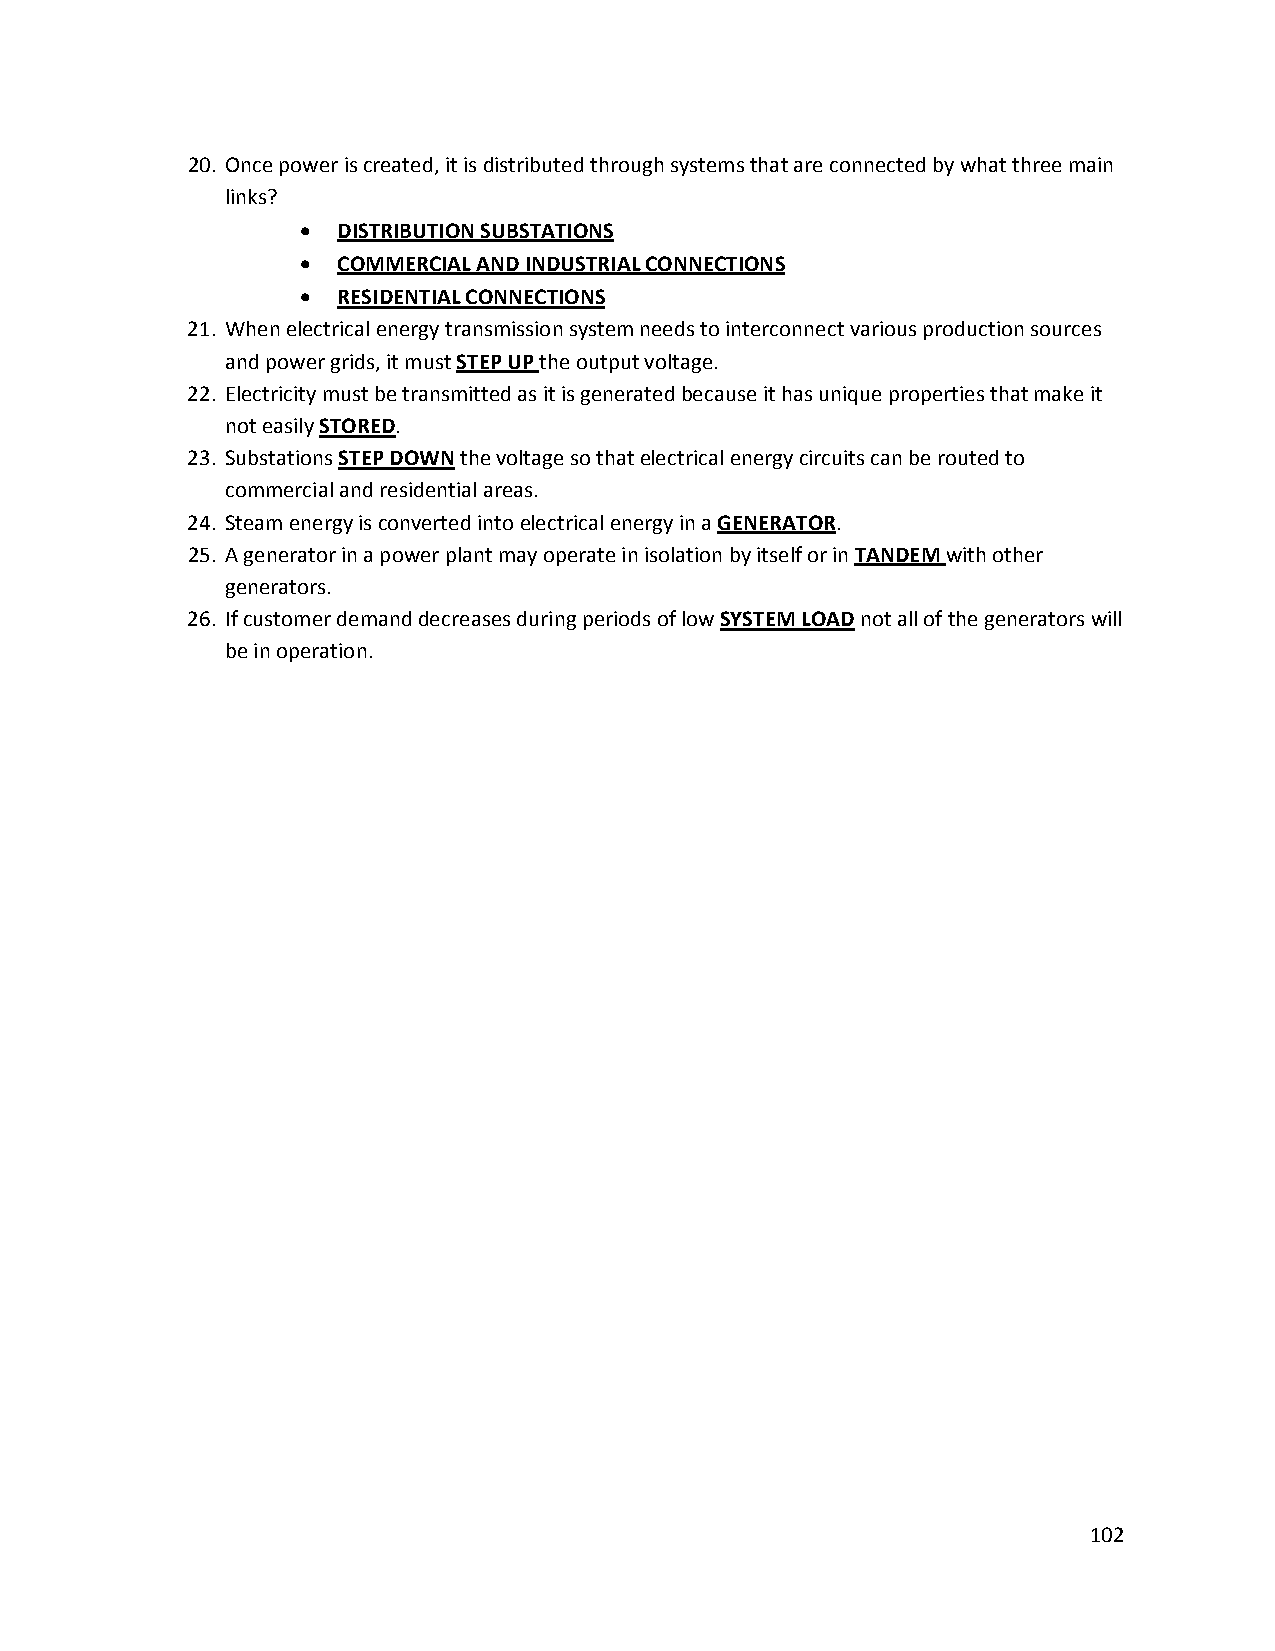
20. Once power is created, it is distributed through systems that are connected by what three main
 links?
 • DISTRIBUTION SUBSTATIONS
 • COMMERCIAL AND INDUSTRIAL CONNECTIONS
 • RESIDENTIAL CONNECTIONS
 21. When electrical energy transmission system needs to interconnect various production sources
 and power grids, it must STEP UP the output voltage.
 22. Electricity must be transmitted as it is generated because it has unique properties that make it
 not easily STORED.
 23. Substations STEP DOWN the voltage so that electrical energy circuits can be routed to
 commercial and residential areas.
 24. Steam energy is converted into electrical energy in a GENERATOR.
 25. A generator in a power plant may operate in isolation by itself or in TANDEM with other
 generators.
 26. If customer demand decreases during periods of low SYSTEM LOAD not all of the generators will
 be in operation.
 102